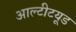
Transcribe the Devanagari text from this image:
आल्टीटयूड